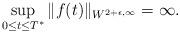
LaTeX: \begin{align*}\sup_{0\leq t\leq {T^*}}\|f(t)\|_{W^{2+\epsilon,\infty}}=\infty.\end{align*}